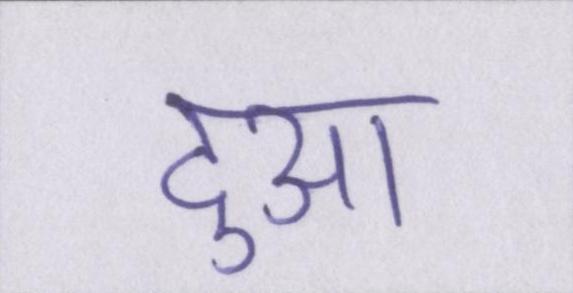
दुआ